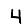
Digit: 4